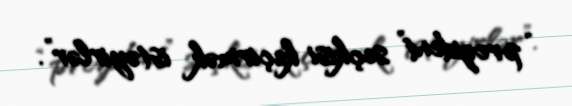
“prezident” seçkisi keçirmək istəyirlər”.